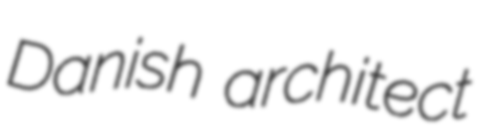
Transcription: Danish architect